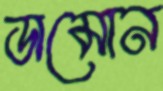
ডামোন